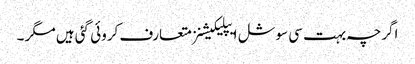
اگرچہ بہت سی سوشل ایپلیکیشنز متعارف کروئی گئی ہیں مگر ۔